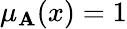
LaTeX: \mu_{\mathbf{A}}(x)=1